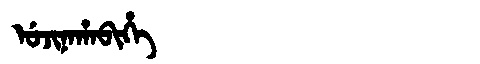
Manchu: ᡠᠵᡳᠨᠠᡥᠠᠪᡳᡥᡝ
Romanization: UJINAHABIHE